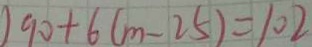
9 0 + 6 ( m - 2 5 ) = 1 0 2